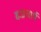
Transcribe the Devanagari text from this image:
बज्रचार्य